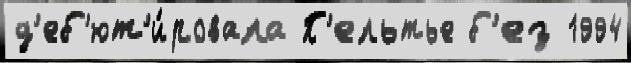
д'еб'ют'и́ровала П'ельтье б'ез 1994